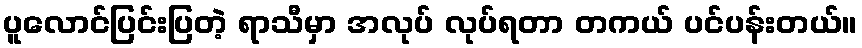
ပူလောင်ပြင်းပြတဲ့ ရာသီမှာ အလုပ် လုပ်ရတာ တကယ် ပင်ပန်းတယ်။